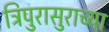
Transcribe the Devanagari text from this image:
त्रिपुरासुराच्या